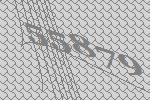
55879